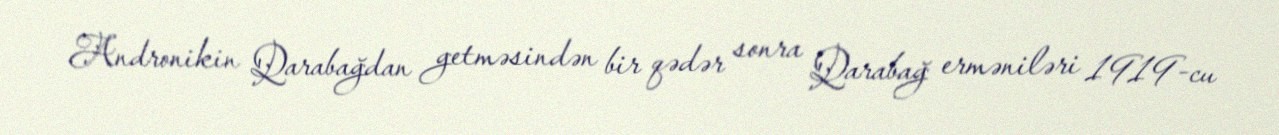
Andronikin Qarabağdan getməsindən bir qədər sonra Qarabağ erməniləri 1919-cu